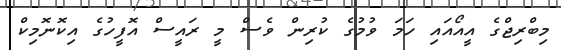
މިބްރިޖްގެ އީއޯއައި ހަމަ ވުމުގެ ކުރިން ވެސް މީ ރައީސް އޮފީހުގެ އިކޮނޮމިކް